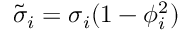
\Tilde { \sigma } _ { i } = \sigma _ { i } ( 1 - \phi _ { i } ^ { 2 } )